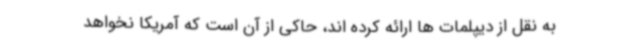
به نقل از دیپلمات ها ارائه کرده اند، حاکی از آن است که آمریکا نخواهد